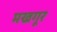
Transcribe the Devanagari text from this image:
मखगूर